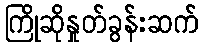
ကြိုဆိုနှုတ်ခွန်းဆက်